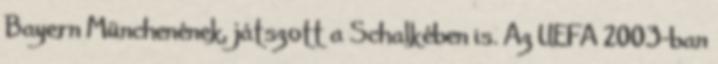
Bayern Münchenének, játszott a Schalkében is. Az UEFA 2003-ban